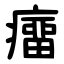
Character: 癅